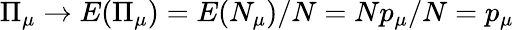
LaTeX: {\Pi}_{\mu}\to E({\Pi}_{\mu})=E(N_{\mu})/N=Np_{\mu}/N=p_{\mu}